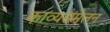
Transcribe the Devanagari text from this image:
काव्यसंमेलन